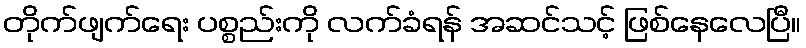
တိုက်ဖျက်ရေး ပစ္စည်းကို လက်ခံရန် အဆင်သင့် ဖြစ်နေလေပြီ။